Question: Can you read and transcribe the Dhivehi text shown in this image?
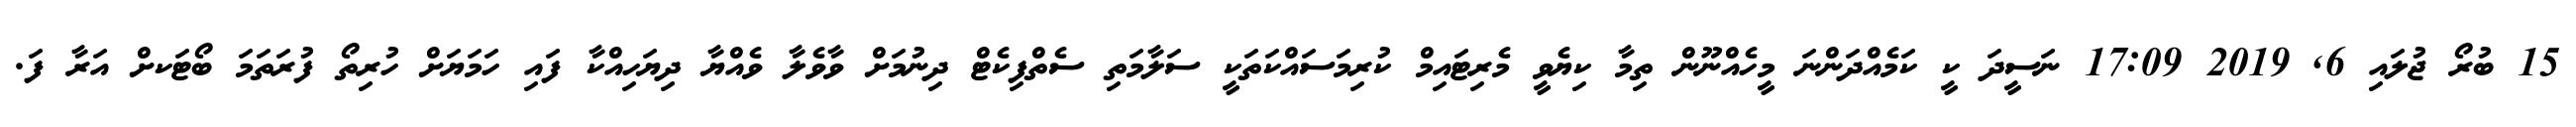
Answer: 15 ބުރޯ ޖުލައި 6, 2019 17:09 ނަސީދަ ކީ ކަމެއްދަންނަ މީހެއްނޫން ތިމާ ކިޔެވީ މެރިޓައިމް ކުރިމަސައްކަތަކީ ސަލާމަތި ސެތްފިކެޓް ދިނުމަށް ވާވެލާ ވެއްޔާ ދިޔަހިއްކާ ފައި ހަމަޔަށް ހުރިތޯ ފުރަތަމަ ބޯޓަކށް އަރާ ފަ.